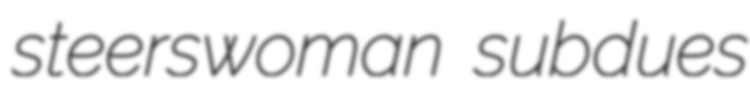
steerswoman subdues